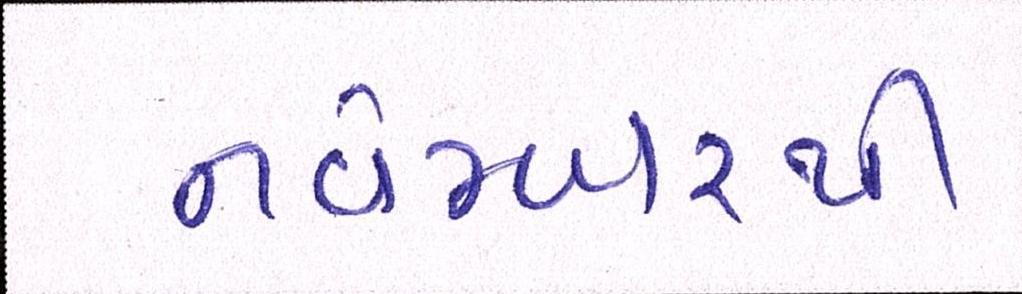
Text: નવેમ્બરથી